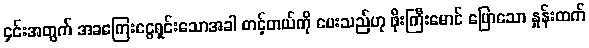
၄င်းအတွက် အခကြေးငွေရှင်းသောအခါ တင့်တယ်ကို ပေးသည်ဟု ဖိုးကြီးမောင် ပြောသော နှုန်းထက်